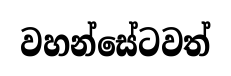
වහන්සේටවත්